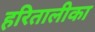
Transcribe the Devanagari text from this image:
हरितालीका